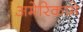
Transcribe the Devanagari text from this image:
अमेरिकामे